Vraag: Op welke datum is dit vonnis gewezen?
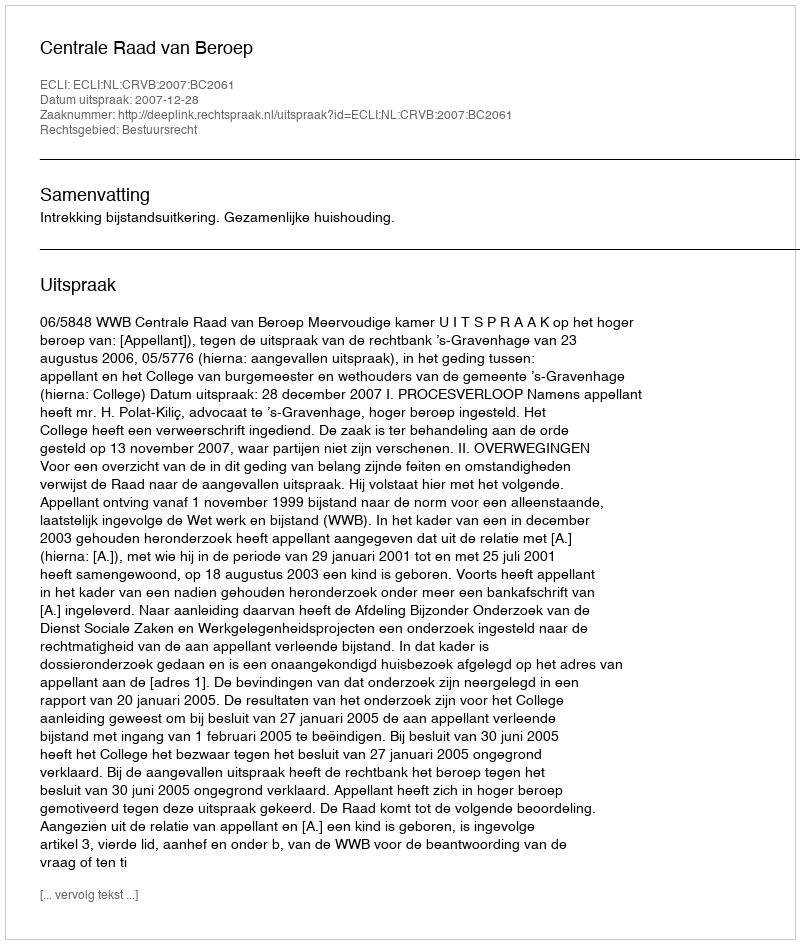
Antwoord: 2007-12-28